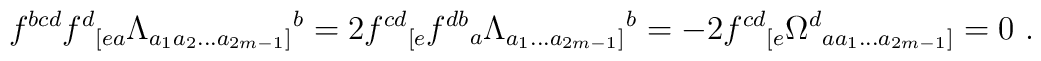
f^{bcd} f^{d}{}_{[e a} \Lambda_{a_1 a_2 ... a_{2m-1}]}{}^{b} = 2f^{cd}{}_{[e} f^{db}{}_{a} \Lambda_{a_1...a_{2m-1}]}{}^{b} = -2 f^{cd}{}_{[e} \Omega^{d}{}_{a a_1...a_{2m-1}]} = 0 \ .